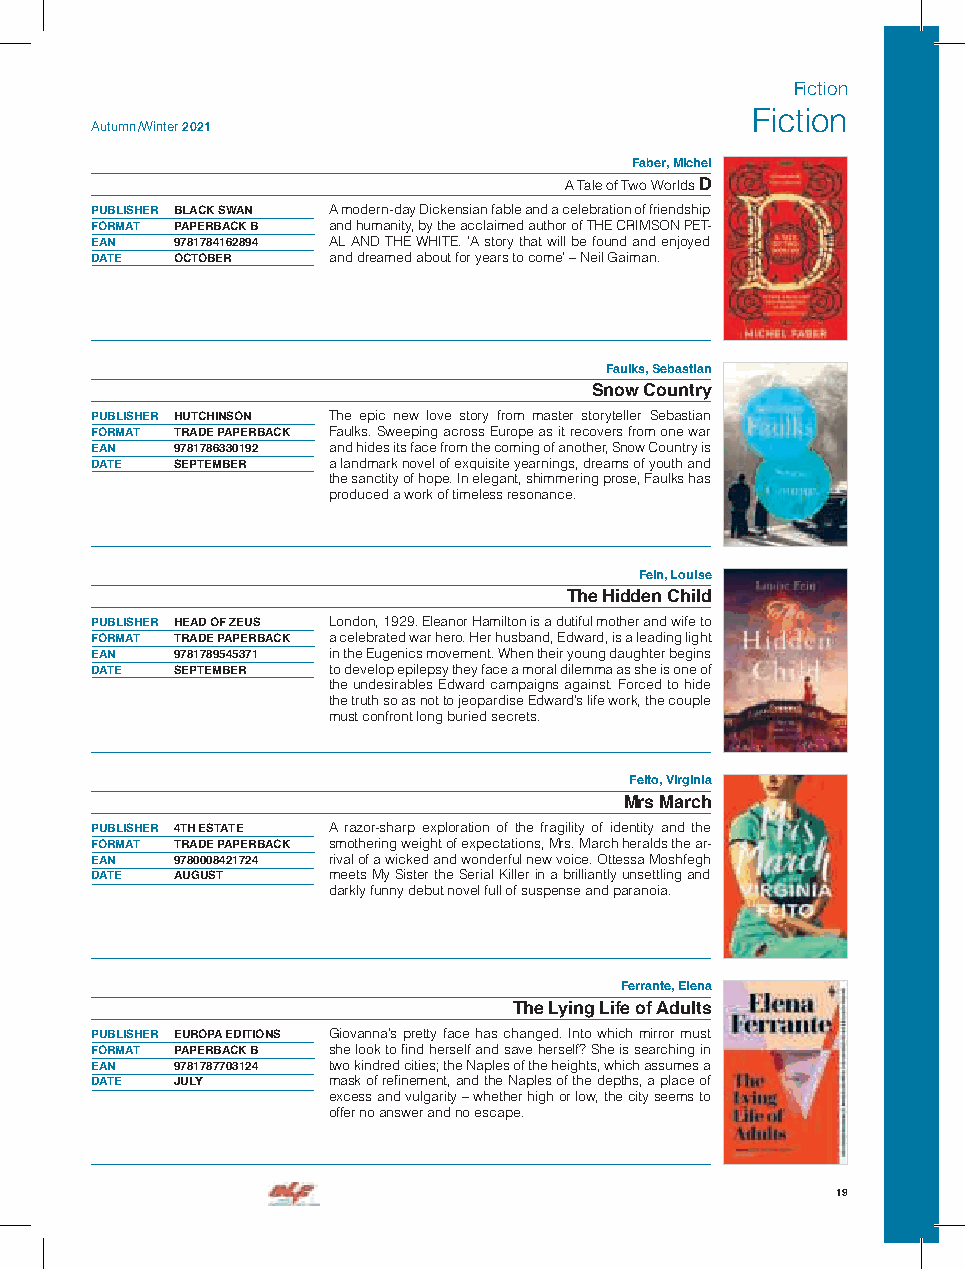
Fiction
 Fiction
 Autumn /Winter 2021
 Faber, Michel
 A Tale of Two Worlds D
 PUBLISHER BLACK SWAN A modern-day Dickensian fable and a celebration of friendship
 FORMAT PAPERBACK B and humanity, by the acclaimed author of THE CRIMSON PET-
 EAN  9781784162894 AL AND THE WHITE. ’A story that will be found and enjoyed
 DATE OCTOBER    and dreamed about for years to come’ – Neil Gaiman.
 Faulks, Sebastian
 Snow Country
 PUBLISHER HUTCHINSON The epic new love story from master storyteller Sebastian
 FORMAT TRADE PAPERBACK Faulks. Sweeping across Europe as it recovers from one war
 EAN  9781786330192 and hides its face from the coming of another, Snow Country is
 DATE SEPTEMBER  a landmark novel of exquisite yearnings, dreams of youth and
 the sanctity of hope. In elegant, shimmering prose, Faulks has
 produced a work of timeless resonance.
 Fein, Louise
 The Hidden Child
 PUBLISHER HEAD OF ZEUS London, 1929. Eleanor Hamilton is a dutiful mother and wife to
 FORMAT TRADE PAPERBACK a celebrated war hero. Her husband, Edward, is a leading light
 EAN  9781789545371 in the Eugenics movement. When their young daughter begins
 DATE SEPTEMBER  to develop epilepsy they face a moral dilemma as she is one of
 the undesirables Edward campaigns against. Forced to hide
 the truth so as not to jeopardise Edward’s life work, the couple
 must confront long buried secrets.
 Feito, Virginia
 Mrs March
 PUBLISHER 4TH ESTATE A razor-sharp exploration of the fragility of identity and the
 FORMAT TRADE PAPERBACK smothering weight of expectations, Mrs. March heralds the ar-
 EAN  9780008421724 rival of a wicked and wonderful new voice. Ottessa Moshfegh
 DATE AUGUST     meets My Sister the Serial Killer in a brilliantly unsettling and
 darkly funny debut novel full of suspense and paranoia.
 Ferrante, Elena
 The Lying Life of Adults
 PUBLISHER EUROPA EDITIONS Giovanna’s pretty face has changed. Into which mirror must
 FORMAT PAPERBACK B she look to find herself and save herself? She is searching in
 EAN  9781787703124 two kindred cities; the Naples of the heights, which assumes a
 DATE JULY       mask of refinement, and the Naples of the depths, a place of
 excess and vulgarity – whether high or low, the city seems to
 offer no answer and no escape.
 19